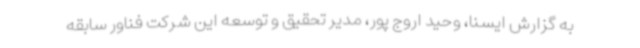
به گزارش ایسنا، وحید اروج پور، مدیر تحقیق و توسعه این شرکت فناور سابقه